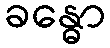
ခန္ဓော